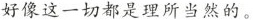
好像这一切都是理所当然的。